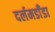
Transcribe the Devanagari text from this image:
दर्लमडाँडा